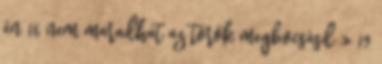
én 16 nem maradhat az török megbocsásd » 19